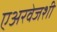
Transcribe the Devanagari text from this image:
एअरवेजशी